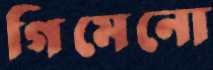
গিমেনো